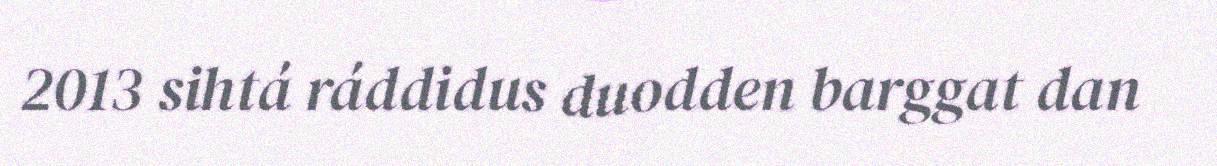
2013 sihtá ráddidus duodden barggat dan